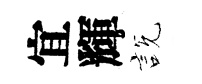
宜輝説